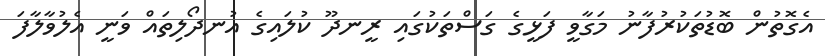
އެގޮތުން ބޮޑުތަކުރުފާނު މަގާވީ ފަޅީގެ ގަސްތަކުގައި ރީނދޫ ކުލައިގެ އުނދޯލިތައް ވަނީ އެލުވާލާފަ